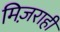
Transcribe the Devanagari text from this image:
मिज़राही